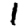
Digit: 1